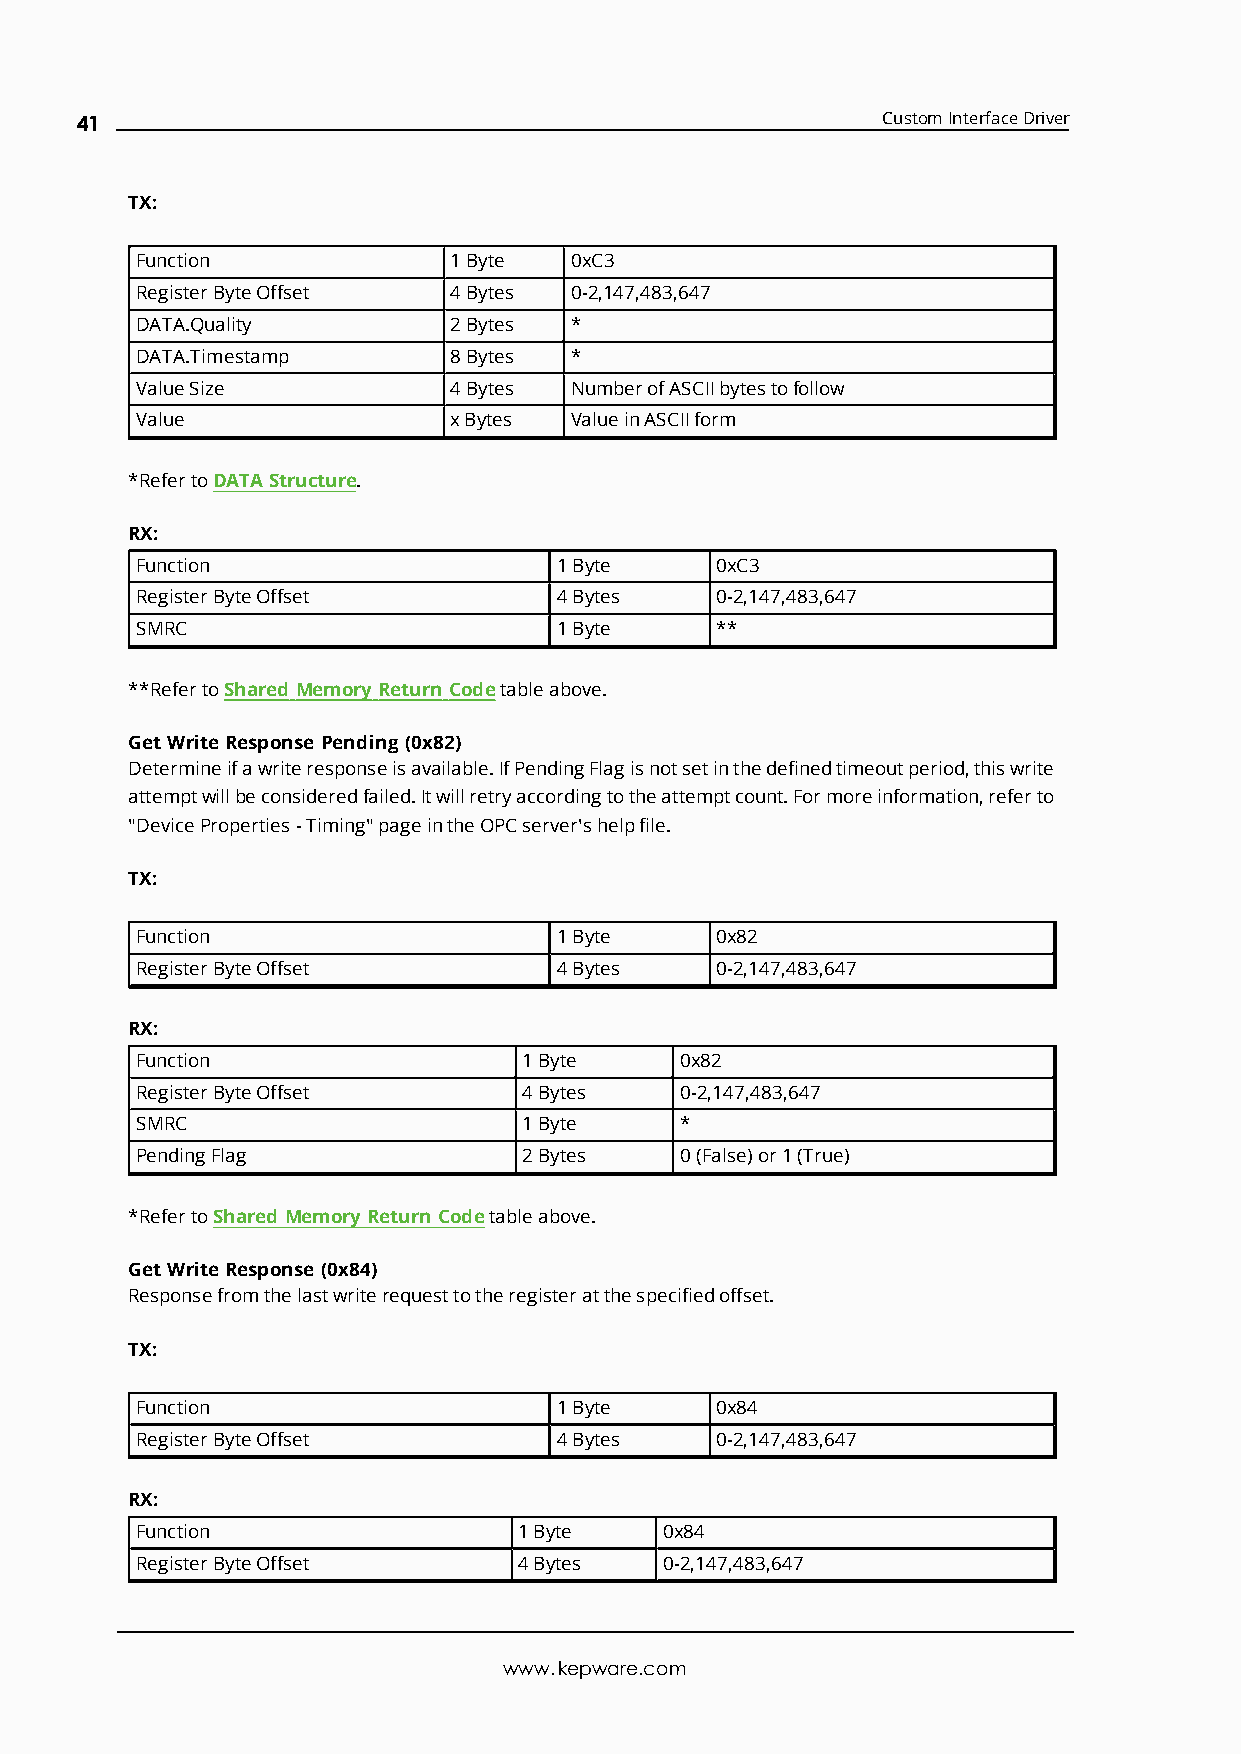
41                                                   CustomInterfaceDriver
 TX:
 Function             1Byte   0xC3
 RegisterByteOffset   4Bytes  0-2,147,483,647
 DATA.Quality         2Bytes  *
 DATA.Timestamp       8Bytes  *
 ValueSize            4Bytes  NumberofASCIIbytestofollow
 Value                xBytes  ValueinASCIIform
 *RefertoDATAStructure.
 RX:
 Function                    1Byte     0xC3
 RegisterByteOffset          4Bytes    0-2,147,483,647
 SMRC                        1Byte     **
 **RefertoShared Memory Return Codetableabove.
 GetWriteResponsePending (0x82)
 Determineifawriteresponseisavailable.IfPendingFlagisnotsetinthedefinedtimeoutperiod,thiswrite
 attemptwillbeconsideredfailed.Itwillretryaccordingtotheattemptcount.Formoreinformation,referto
 "DeviceProperties-Timing"pageintheOPCserver'shelpfile.
 TX:
 Function                    1Byte     0x82
 RegisterByteOffset          4Bytes    0-2,147,483,647
 RX:
 Function                  1Byte     0x82
 RegisterByteOffset        4Bytes    0-2,147,483,647
 SMRC                      1Byte     *
 PendingFlag               2Bytes    0(False)or1(True)
 *RefertoShared Memory Return Codetableabove.
 GetWriteResponse(0x84)
 Responsefromthelastwriterequesttotheregisteratthespecifiedoffset.
 TX:
 Function                    1Byte     0x84
 RegisterByteOffset          4Bytes    0-2,147,483,647
 RX:
 Function                 1Byte     0x84
 RegisterByteOffset       4Bytes    0-2,147,483,647
 www.kepware.com